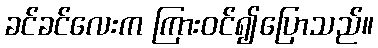
ခင်ခင်လေးက ကြားဝင်၍ပြောသည်။